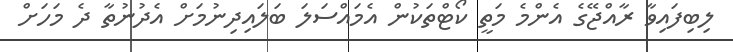
ލިބިފައިވާ ރާއްޖޭގެ އެންމެ މަތީ ކޯޓްތަކުން އެމައްސަލަ ބަލައިދިނުމަށް އެދުނުތާ ދެ މަހަށް